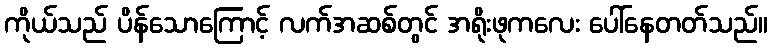
ကိုယ်သည် ပိန်သောကြောင့် လက်အဆစ်တွင် အရိုးဖုကလေး ပေါ်နေတတ်သည်။